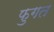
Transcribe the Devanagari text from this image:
फुगत